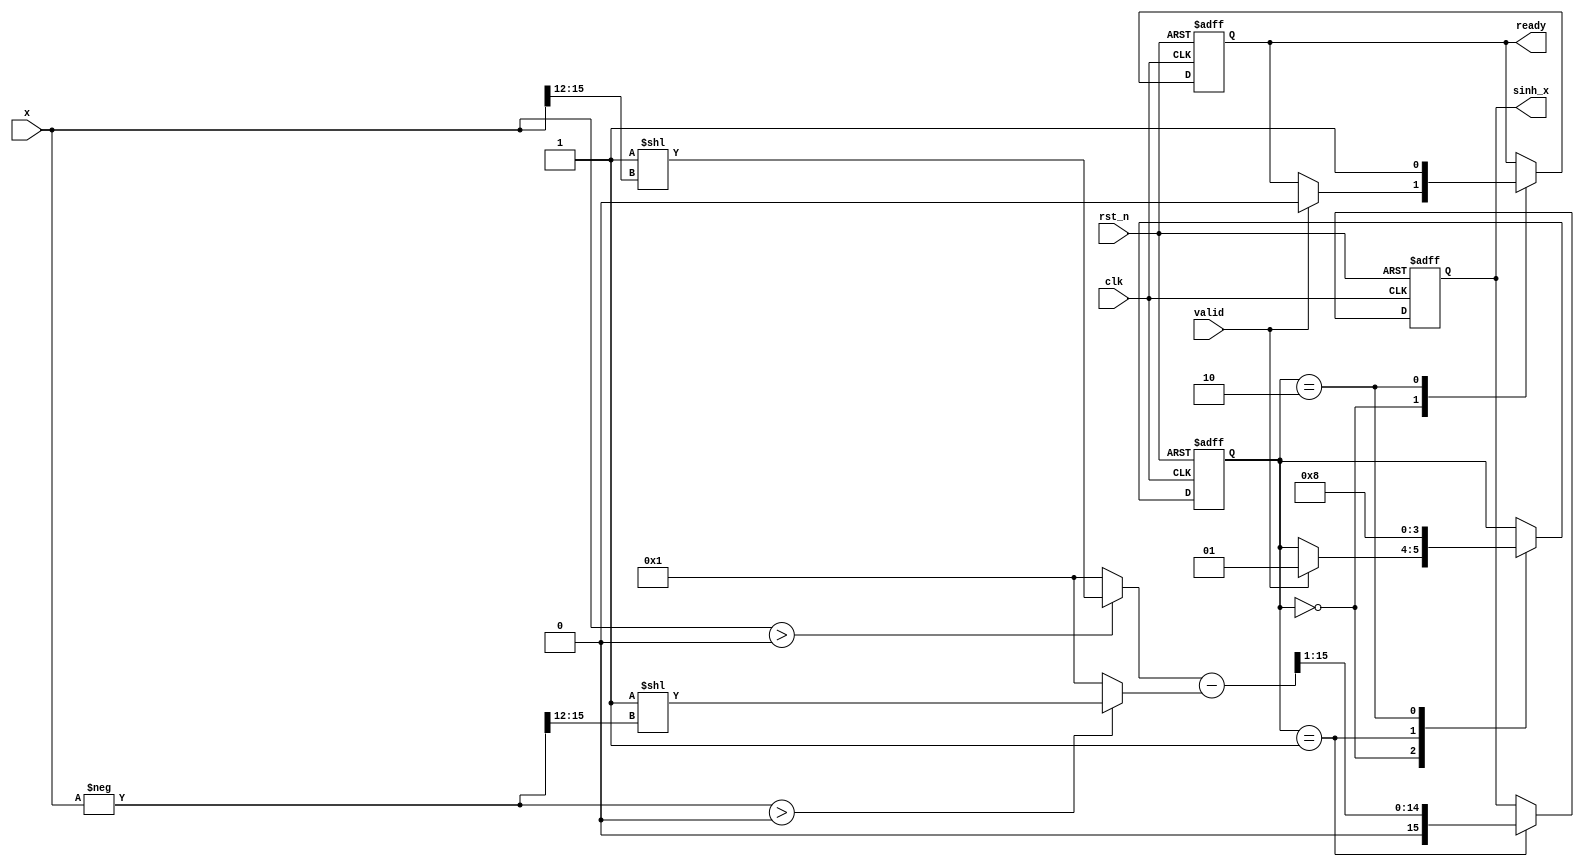
module sinh_block (
    input wire clk,
    input wire rst_n,
    input wire valid,
    input wire [15:0] x, // Fixed-point input (e.g., Q1.15 format)
    output reg [15:0] sinh_x, // Fixed-point output (e.g., Q1.15 format)
    output reg ready // Indicates when the output is valid
);

    // Internal signals
    wire [15:0] exp_x;
    wire [15:0] exp_neg_x;
    wire [15:0] exp_diff;
    wire [15:0] exp_result;

    // Simple exponential approximation (for demonstration purposes)
    function [15:0] exp_approx;
        input [15:0] value;
        begin
            // This is a placeholder for an actual exponential function
            // A more accurate implementation would be needed for real applications
            exp_approx = (value > 16'h0000) ? (16'h0001 << value[15:12]) : 16'h0001; // Simple approximation
        end
    endfunction

    // Compute e^x
    assign exp_x = exp_approx(x);
    // Compute e^-x
    assign exp_neg_x = exp_approx(-x);

    // Subtraction: e^x - e^-x
    assign exp_diff = exp_x - exp_neg_x;

    // Division by 2
    assign exp_result = exp_diff >> 1; // Right shift by 1 to divide by 2

    // State machine for control logic
    reg [1:0] state;
    localparam IDLE = 2'b00,
               COMPUTE = 2'b01,
               OUTPUT = 2'b10;

    always @(posedge clk or negedge rst_n) begin
        if (!rst_n) begin
            state <= IDLE;
            sinh_x <= 16'h0000;
            ready <= 1'b0;
        end else begin
            case (state)
                IDLE: begin
                    if (valid) begin
                        state <= COMPUTE;
                        ready <= 1'b0;
                    end
                end
                COMPUTE: begin
                    // Perform the computation
                    sinh_x <= exp_result;
                    state <= OUTPUT;
                end
                OUTPUT: begin
                    ready <= 1'b1; // Indicate output is ready
                    state <= IDLE; // Go back to IDLE
                end
            endcase
        end
    end

endmodule